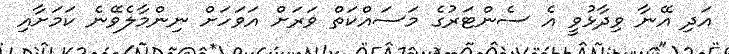
އަދި އޭނާ ވިދާޅުވީ އެ ސެންޓަރުގެ މަސައްކަތް ވަރަށް އަވަހަށް ނިންމާލެވޭނެ ކަމަށާއި